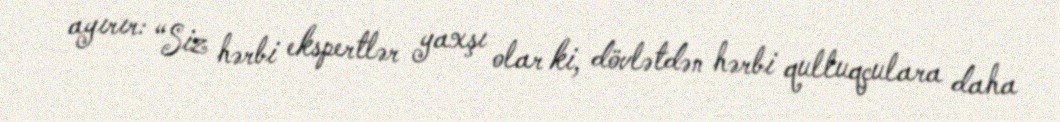
ayırır: “Siz hərbi ekspertlər yaxşı olar ki, dövlətdən hərbi qulluqçulara daha